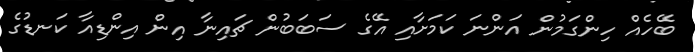
ބޭހެއް ހިންގަމުން އަންނަ ކަމަށާއި އޭގެ ސަބަބުން ޗައިނާ އިން އިންޑިއާ ކަނޑުގެ